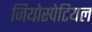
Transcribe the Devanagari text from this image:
जियोस्पेटियल